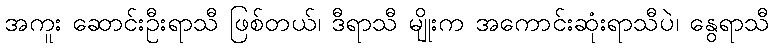
အကူး ဆောင်းဦးရာသီ ဖြစ်တယ်၊ ဒီရာသီ မျိုးက အကောင်းဆုံးရာသီပဲ၊ နွေရာသီ